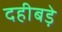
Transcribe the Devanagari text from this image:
दहीबड़े